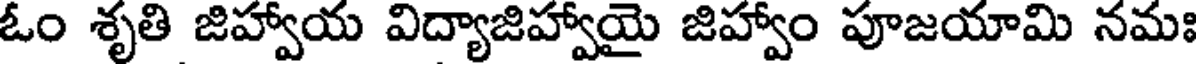
ఓం శృతి జిహ్వాయ విద్యాజిహ్వాయై జిహ్వాం పూజయామి నమః